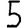
Digit: 5